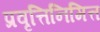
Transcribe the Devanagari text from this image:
प्रवृत्तिनिमित्त